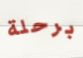
برحلة